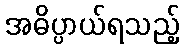
အဓိပ္ပာယ်ရသည့်